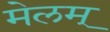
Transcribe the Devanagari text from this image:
मेलम्